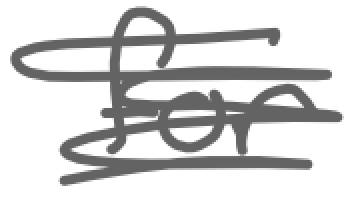
Text: for
Cross-out: scratch
Writing tool: digital_gray